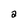
Character: a